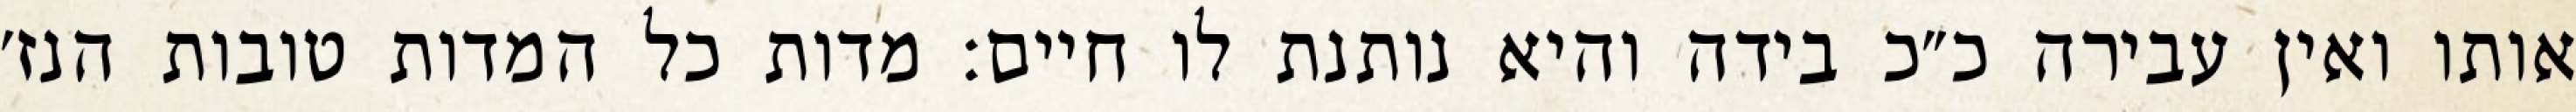
אותו ואין עבירה כ״כ בידה והיא נותנת לו חיים: מדות כל המדות טובות הנז׳